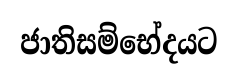
ජාතිසම්භේදයට